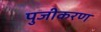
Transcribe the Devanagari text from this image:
पुजीकरण